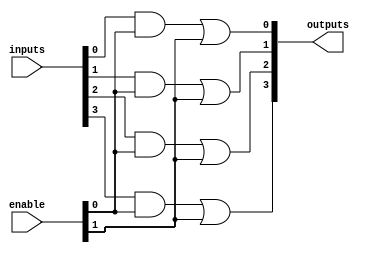
module CLB (
    input wire [N-1:0] inputs,          // N input signals
    input wire [M-1:0] enable,          // M enable signals
    output wire [P-1:0] outputs          // P output signals
);

parameter N = 8; // Number of inputs
parameter M = 2; // Number of enable signals
parameter P = 4; // Number of outputs

// Internal signals for AND and OR arrays
wire [N-1:0] and_terms;                // Intermediate product terms from AND array
wire [P-1:0] or_terms;                 // Final output terms from OR array

// AND Array: Each AND gate can be programmed to take specific inputs
generate
    genvar i;
    for (i = 0; i < N; i = i + 1) begin : and_array
        assign and_terms[i] = inputs[i] & enable[0]; // Example: AND with first enable signal
    end
endgenerate

// OR Array: Combine the product terms from the AND array
generate
    genvar j;
    for (j = 0; j < P; j = j + 1) begin : or_array
        assign outputs[j] = (and_terms[j] | enable[1]); // Example: OR with second enable signal
    end
endgenerate

// Feedback Path (optional): Allow output to be fed back to input
// This is a simple example; actual implementation may vary
wire feedback;
assign feedback = outputs[0]; // Feedback from first output

// Configuration Memory (not implemented in this example)
// This would typically involve a memory block to store programmable settings

// Timing Considerations
// Propagation delays and timing constraints would be handled in synthesis tools

// Power Management (not implemented in this example)
// Power management features would typically be handled in the design constraints

endmodule